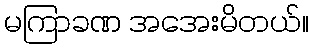
မကြာခဏ အအေးမိတယ်။